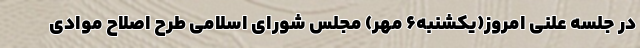
در جلسه علنی امروز(یکشنبه۶ مهر) مجلس شورای اسلامی طرح اصلاح موادی